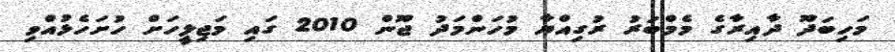
މަހިބަދޫ ދާއިރާގެ މެމްބަރު ރުގިއްޔާ މުހަންމަދު ޖޫން 2010 ގައި މަޖިލީހަށް ހުށަހެޅުއްވި